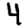
Digit: 4